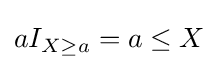
aI_{X\geq a}=a\leq X